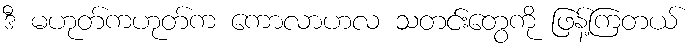
ဒီ မဟုတ်ကဟုတ်က ကောလာဟလ သတင်းတွေကို ဖြန့်ကြတယ်